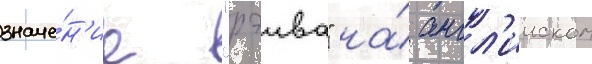
значе́н'ие "рэива" на́ англ'ииском